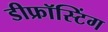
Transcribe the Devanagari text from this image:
डीफ्रॉस्टिंग